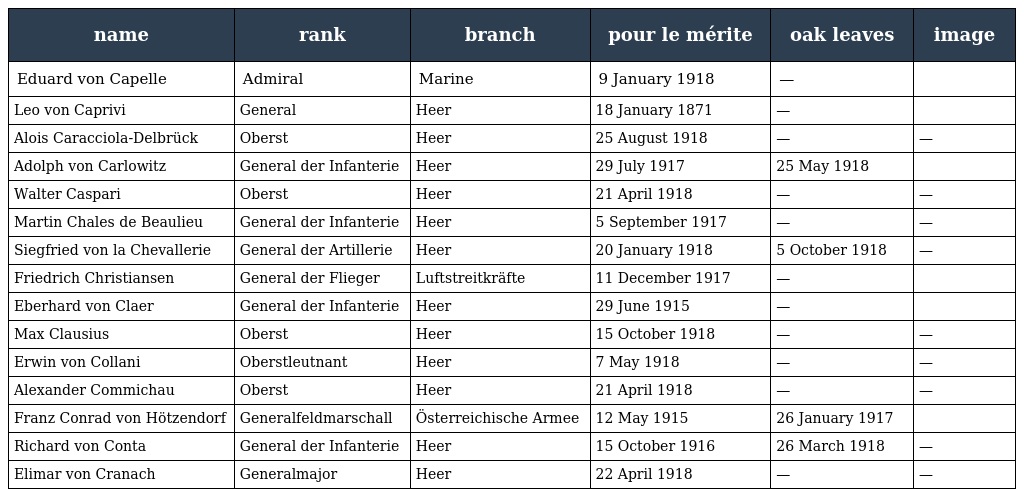
| name | rank | branch | pour le mérite | oak leaves | image |
 | --- | --- | --- | --- | --- | --- |
 | Eduard von Capelle | Admiral | Marine | 9 January 1918 | — |  |
 | Leo von Caprivi | General | Heer | 18 January 1871 | — |  |
 | Alois Caracciola-Delbrück | Oberst | Heer | 25 August 1918 | — | — |
 | Adolph von Carlowitz | General der Infanterie | Heer | 29 July 1917 | 25 May 1918 |  |
 | Walter Caspari | Oberst | Heer | 21 April 1918 | — | — |
 | Martin Chales de Beaulieu | General der Infanterie | Heer | 5 September 1917 | — | — |
 | Siegfried von la Chevallerie | General der Artillerie | Heer | 20 January 1918 | 5 October 1918 | — |
 | Friedrich Christiansen | General der Flieger | Luftstreitkräfte | 11 December 1917 | — |  |
 | Eberhard von Claer | General der Infanterie | Heer | 29 June 1915 | — |  |
 | Max Clausius | Oberst | Heer | 15 October 1918 | — | — |
 | Erwin von Collani | Oberstleutnant | Heer | 7 May 1918 | — | — |
 | Alexander Commichau | Oberst | Heer | 21 April 1918 | — | — |
 | Franz Conrad von Hötzendorf | Generalfeldmarschall | Österreichische Armee | 12 May 1915 | 26 January 1917 |  |
 | Richard von Conta | General der Infanterie | Heer | 15 October 1916 | 26 March 1918 | — |
 | Elimar von Cranach | Generalmajor | Heer | 22 April 1918 | — | — |